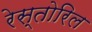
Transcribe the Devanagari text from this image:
रेस्तोरिल